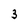
Character: 3